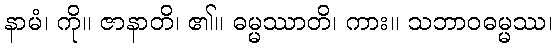
နာမံ၊ ကို။ ဇာနာတိ၊ ၏။ ဓမ္မဿာတိ၊ ကား။ သဘာဝဓမ္မဿ၊